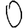
Digit: 0